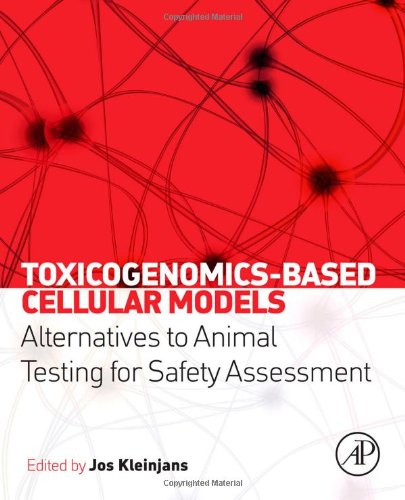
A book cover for Toxicogenomics-Based Cellular Models: Alternatives to Animal Testing for Safety Assessment; Medical Books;